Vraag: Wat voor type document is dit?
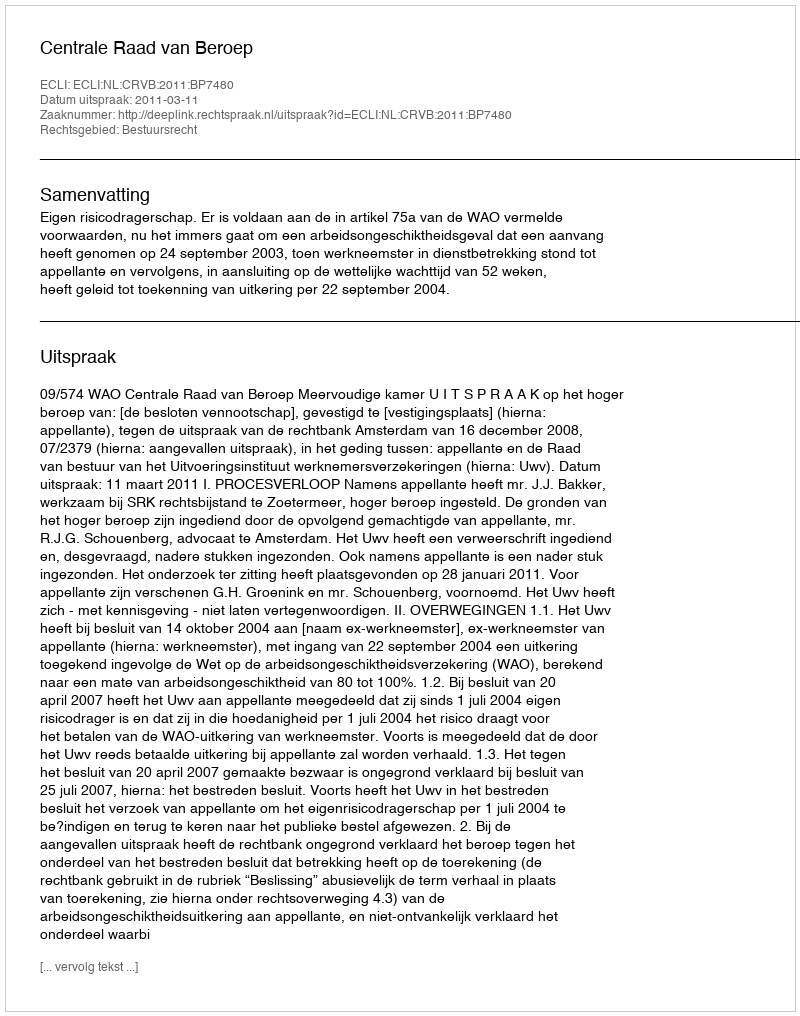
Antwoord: Uitspraak